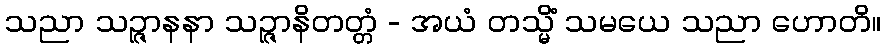
သညာ သဉ္ဇာနနာ သဉ္ဇာနိတတ္တံ - အယံ တသ္မိံ သမယေ သညာ ဟောတိ။